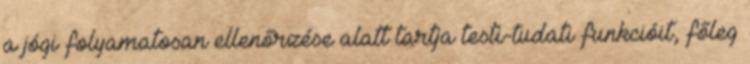
a jógi folyamatosan ellenőrzése alatt tartja testi-tudati funkcióit, főleg